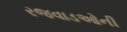
રજવાડઓની